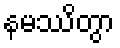
နမဿိတွာ